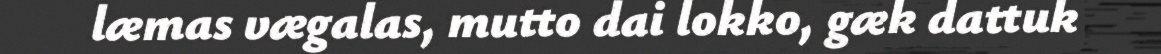
læmas vægalas, mutto dai lokko, gæk dattuk